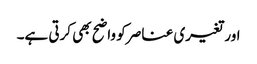
اور تغیری عناصر کو واضح بھی کرتی ہے۔